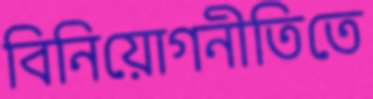
বিনিয়োগনীতিতে